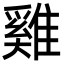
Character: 雞